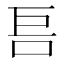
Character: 𱒏